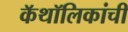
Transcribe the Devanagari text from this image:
कॅथॉलिकांची